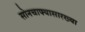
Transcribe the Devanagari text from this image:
सोनचाफ्यासारख्या